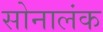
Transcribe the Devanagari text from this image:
सोनालंक